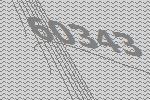
60343